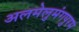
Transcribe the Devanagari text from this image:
अलमेलुमंगपुरम